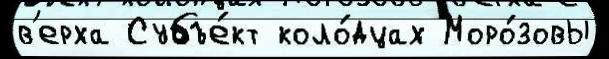
в'ерха Субъе́кт коло́дцах Моро́зовы